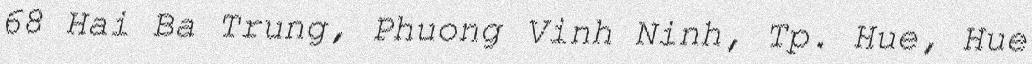
68 Hai Ba Trung, Phuong Vinh Ninh, Tp. Hue, Hue